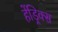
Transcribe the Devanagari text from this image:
हेंड्रिक्‍स